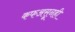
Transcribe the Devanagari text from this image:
कफअसूनही